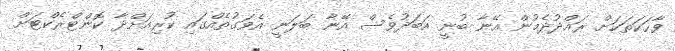
ވާހަކަތަކަށް ރައްދުދެމުން އޭނާ ބުނީ އަބަދުވެސް އޭނާ ބަލަނީ އެވަގުތެއްގައި ކުރިއަށްދާ ކޮންޓްެރެކްޓަށް